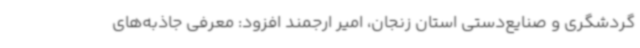
گردشگری و صنایع‌دستی استان زنجان، امیر ارجمند افزود: معرفی جاذبه‌های